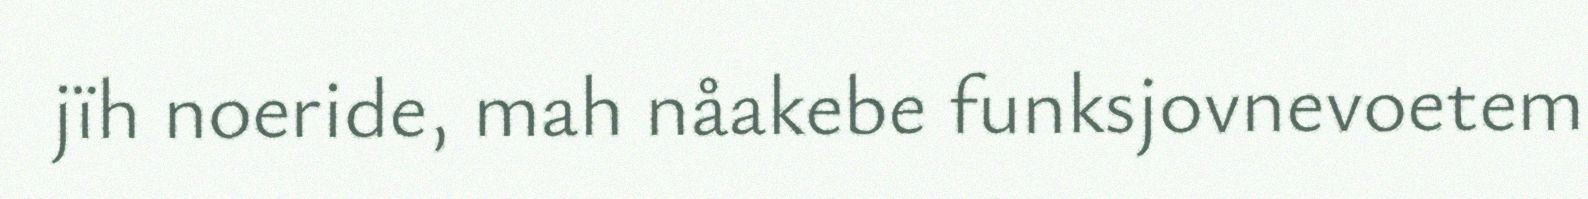
jïh noeride, mah nåakebe funksjovnevoetem